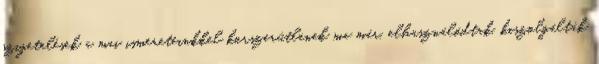
szigetelések a mai ismereteinkkel korszerűtlenek ma már, elhasználódtak, kiszolgálták